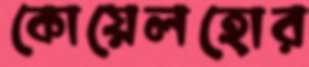
কোয়েলহোর